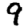
Digit: 9